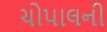
ચોપાલની